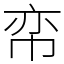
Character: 帟